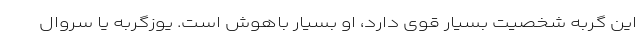
این گربه شخصیت بسیار قوی دارد، او بسیار باهوش است. یوزگربه یا سِروال